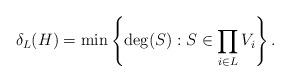
LaTeX: \begin{align*}\delta_{L}(H)=\min \left\{ \deg(S): S\in \prod_{i\in L}V_i \right\}.\end{align*}